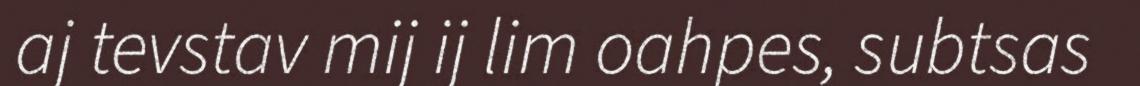
aj tevstav mij ij lim oahpes, subtsas